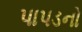
પાપડનો